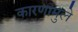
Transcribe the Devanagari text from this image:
कारणामुले